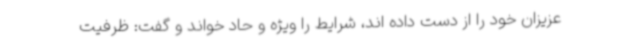
عزیزان خود را از دست داده اند، شرایط را ویژه و حاد خواند و گفت: ظرفیت